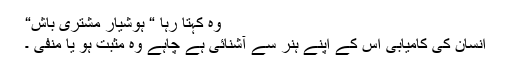
وہ کہتا رہا “ ہوشیار مشتری باش“
انسان کی کامیابی اس کے اپنے ہنر سے آشنائی ہے چاہے وہ مثبت ہو یا منفی ۔